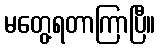
မတွေ့ရတာကြာပြီ။